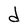
Character: d